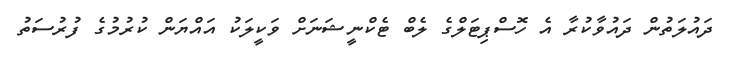
ދައުލަތުން ދައުވާކުރާ އެ ހޮސްޕިޓަލްގެ ލެބް ޓެކްނީޝަނަށް ވަކީލަކު އައްޔަން ކުރުމުގެ ފުރުސަތު